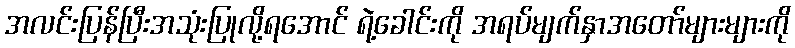
အလင်းပြန်ပြီးအသုံးပြုလို့ရအောင် ရဲ့ခေါင်းကို အရပ်မျက်နှာအတော်များများကို